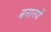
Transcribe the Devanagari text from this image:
बनानये